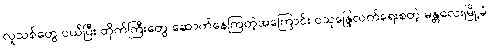
လူသစ်တွေ ဝယ်ပြီး တိုက်ကြီးတွေ ဆောက်နေကြတဲ့အကြောင်း ဝသုန္ဒြေလက်ရေးစတဲ့ မန္တလေးမြို့ခံ